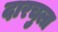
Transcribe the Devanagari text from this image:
दारचुला